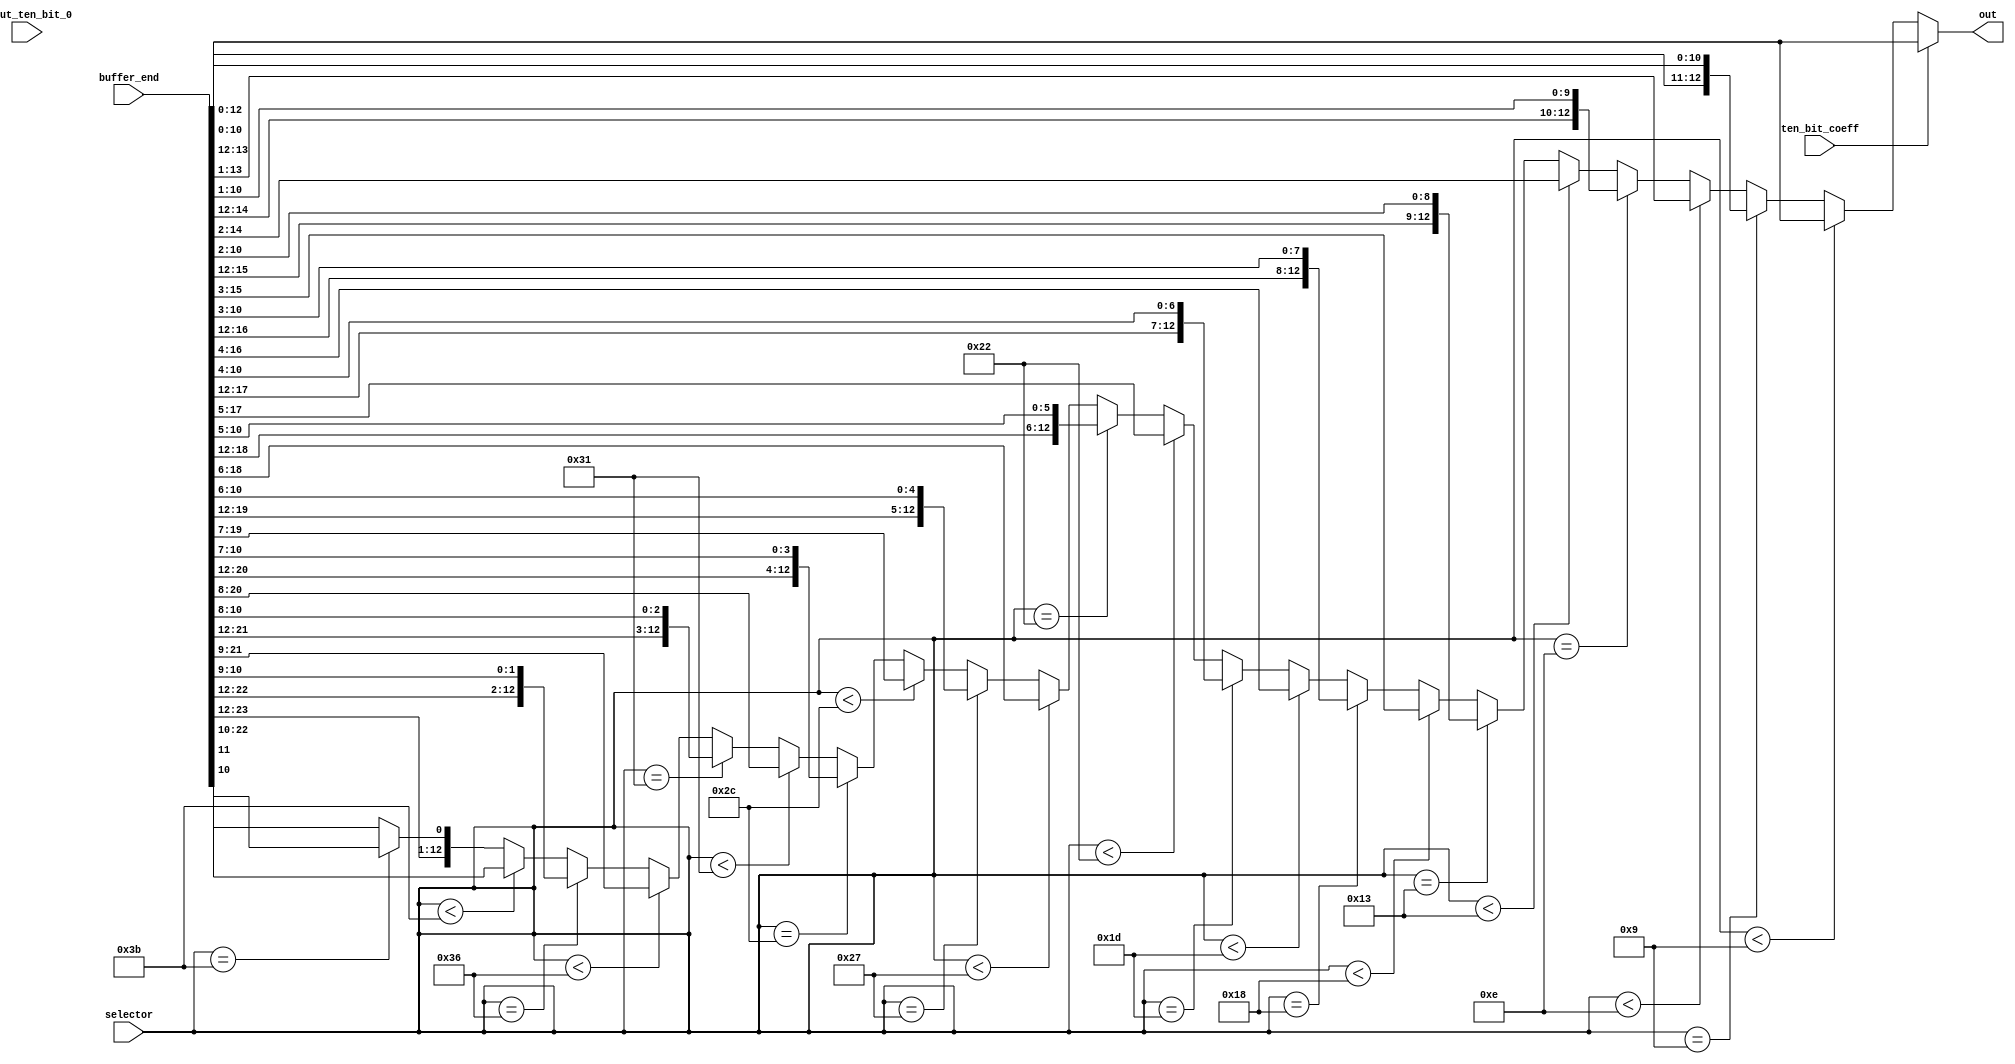
`timescale 1ns / 1ps
//////////////////////////////////////////////////////////////////////////////////
// Company: 
// Engineer: 
// 
// Design Name: 
// Module Name:    buffer_muxer 
// Project Name: 
// Target Devices: 
// Tool versions: 
// Description: 
//
// Dependencies: 
//
// Revision: 
// Revision 0.01 - File Created
// Additional Comments: 
//
//////////////////////////////////////////////////////////////////////////////////
module buffer_muxer1(buffer_end, input_ten_bit_0, selector, ten_bit_coeff, out);

input [23:0] buffer_end;
input [12:0] input_ten_bit_0;
input ten_bit_coeff;
input [5:0] selector;

output wire [12:0] out;


assign out = ten_bit_coeff ? (buffer_end[12:0]) : //selector == 0 ? input_ten_bit_0 : 
		selector  <  9 ? buffer_end[12:0] :
                selector ==  9 ? {buffer_end[13:12], buffer_end[10:0]} :
                selector  < 14 ? buffer_end[13:1] :
                selector == 14 ? {buffer_end[14:12], buffer_end[10:1]} :
                selector  < 19 ? buffer_end[14:2] :
                selector == 19 ? {buffer_end[15:12], buffer_end[10:2]} :
                selector  < 24 ? buffer_end[15:3] :
                selector == 24 ? {buffer_end[16:12], buffer_end[10:3]} :
                selector  < 29 ? buffer_end[16:4] :
                selector == 29 ? {buffer_end[17:12], buffer_end[10:4]} :
                selector  < 34 ? buffer_end[17:5] :
                selector == 34 ? {buffer_end[18:12], buffer_end[10:5]} :
                selector  < 39 ? buffer_end[18:6] :
                selector == 39 ? {buffer_end[19:12], buffer_end[10:6]} :
                selector  < 44 ? buffer_end[19:7] :
                selector == 44 ? {buffer_end[20:12], buffer_end[10:7]} :
                selector  < 49 ? buffer_end[20:8] :
                selector == 49 ? {buffer_end[21:12], buffer_end[10:8]} :
                selector  < 54 ? buffer_end[21:9] :
                selector == 54 ? {buffer_end[22:12], buffer_end[10:9]} :
                selector  < 59 ? buffer_end[22:10] :
                selector == 59 ? {buffer_end[23:12], buffer_end[10]} :
                buffer_end[23:11];
			
endmodule